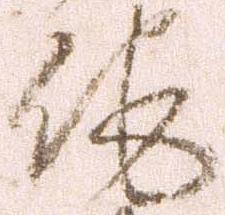
他